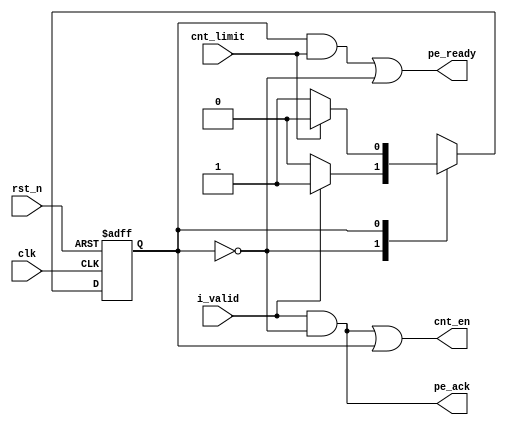
`timescale 1ns / 1ps

module pe_controller (
    output cnt_en,
    output pe_ready,
    output pe_ack,
    input  cnt_limit,
    input  i_valid,
    input  clk,
    input  rst_n
);

    // Control FSM
    localparam IDLE = 0;
    localparam BUSY = 1;

    reg [0:0] current_state;
    reg [0:0] next_state;

    always @ (posedge clk or negedge rst_n) begin
        if (~rst_n) begin
            current_state <= IDLE;
        end
        else begin
            current_state <= next_state;
        end
    end

    always @ (current_state or i_valid or cnt_limit) begin
        case (current_state)
            IDLE    : next_state <= i_valid ? BUSY : IDLE;
            BUSY    : next_state <= cnt_limit ? IDLE : BUSY;
            default : next_state <= IDLE;
        endcase
    end

    assign pe_ready = (current_state == BUSY && cnt_limit) || current_state == IDLE;
    assign pe_ack   = i_valid && current_state == IDLE;
    assign cnt_en   = pe_ack || current_state == BUSY;

endmodule